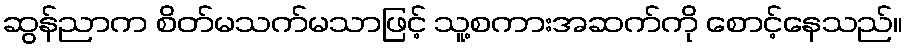
ဆွန်ညာက စိတ်မသက်မသာဖြင့် သူ့စကားအဆက်ကို စောင့်နေသည်။